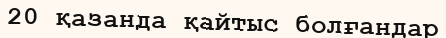
20 қазанда қайтыс болғандар